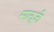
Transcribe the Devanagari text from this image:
सालूजी